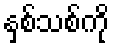
နှစ်သစ်ကို